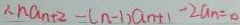
\therefore n a _ { n + 2 } - ( n - 1 ) a _ { n + 1 } - 2 a _ { n } = 0